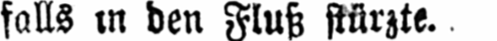
falls in den Fluß stürzte.